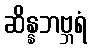
ဆိန္နဘဗ္ဘရံ